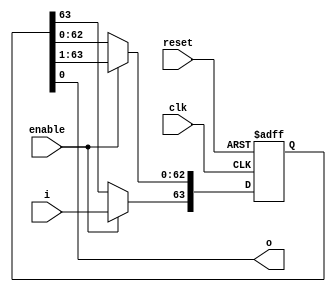
/*
 * Copyright International Business Machines Corporation 2016
 *
 * Printed in the United States of America June 2016
 *
 * IBM, the IBM logo, and ibm.com are trademarks or registered trademarks of
 * International Business Machines Corp.,
 * registered in many jurisdictions worldwide. Other product and service names
 * might be trademarks of IBM or other companies. A current list of IBM trademarks
 * is available on the Web at Copyright and trademark information at
 * www.ibm.com/legal/copytrade.shtml.
 *
 * Other company, product, and service names may be trademarks or service marks of
 * others.
 *
 * All information contained in this document is subject to change without notice.
 * The products described in this document are NOT intended for use in applications
 * such as implantation, life support, or other hazardous uses where malfunction
 * could result in death, bodily injury, or catastrophic property damage. The
 * information contained in this document does not affect or change IBM product
 * specifications or warranties. Nothing in this document shall operate as an
 * express or implied license or indemnity under the intellectual property rights
 * of IBM or third parties. All information contained in this document was obtained
 * in specific environments, and is presented as an illustration. The results
 * obtained in other operating environments may vary.
 * While the information contained herein is believed to be accurate, such
 * information is preliminary, and should not be relied upon for accuracy or
 * completeness, and no representations or warranties of accuracy or completeness
 * are made.
 *
 * Note: This document contains information on products in the design, sampling
 * and/or initial production phases of development. This information is subject to
 * change without notice. Verify with your IBM field applications engineer that you
 * have the latest version of this document before finalizing a design.
 * This document is intended for development of technology products compatible with
 * Power Architecture. You may use this document, for any purpose (commercial or
 * personal) and make modifications and distribute; however, modifications to this
 * document may violate Power Architecture and should be carefully considered. Any
 * distribution of this document or its derivative works shall include this Notice
 * page including but not limited to the IBM warranty disclaimer and IBM liability
 * limitation. No other licenses, expressed or implied, estoppel or otherwise to
 * any intellectual property rights is granted by this document.
 *
 * THE INFORMATION CONTAINED IN THIS DOCUMENT IS PROVIDED ON AN AS IS BASIS.
 * IBM makes no representations or warranties, either express or implied, including
 * but not limited to, warranties of merchantability, fitness for a particular
 * purpose, or non-infringement, or that any practice or implementation of the IBM
 * documentation will not infringe any third party patents, copyrights, trade
 * secrets, or other rights. In no event will IBM be liable for damages arising
 * directly or indirectly from any use of the information contained in this
 * document.
 *
 * IBM Systems and Technology Group
 * 2070 Route 52, Bldg. 330
 * Hopewell Junction, NY 12533-6351
 * The IBM home page can be found at ibm.com.
 */

// IBM Research - Zurich
// Zurich CAPI Streaming Layer
// Raphael Polig <pol@zurich.ibm.com>
// Heiner Giefers <hgi@zurich.ibm.com>

module zcsl_shrea
#(
	parameter WIDTH = 1, parameter LENGTH=64
)
(
	input clk,
	input reset,
	input enable,
	input [0:WIDTH-1] i,
	output [0:WIDTH-1] o
);

	reg [0:WIDTH*LENGTH-1] sr = {WIDTH*LENGTH {1'b0}};

	always@(posedge(clk) or posedge(reset)) begin
		if(reset)
			sr <= {WIDTH*LENGTH {1'b0}};
		else begin
			if(enable) begin
					sr[WIDTH:WIDTH*LENGTH-1] <= sr[0:WIDTH*(LENGTH-1)-1];
					sr[0:WIDTH-1] <= i;
			end
		end
	end

	assign o = sr[(LENGTH-1)*WIDTH:LENGTH*WIDTH-1];

endmodule